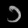
Digit: ၁